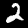
Digit: 2